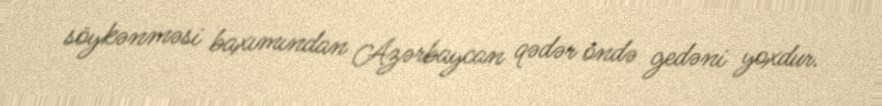
söykənməsi baxımından Azərbaycan qədər öndə gedəni yoxdur.